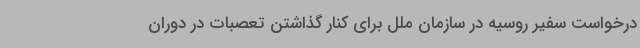
درخواست سفیر روسیه در سازمان ملل برای کنار گذاشتن تعصبات در دوران